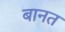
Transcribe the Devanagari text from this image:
बानत